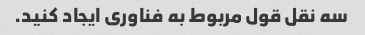
سه نقل قول مربوط به فناوری ایجاد کنید.